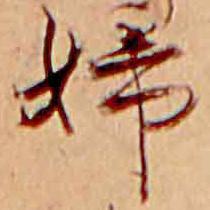
婦